Rangoon Lunatic Asylum 1893-1897 - 1893-1897
Year: 1893
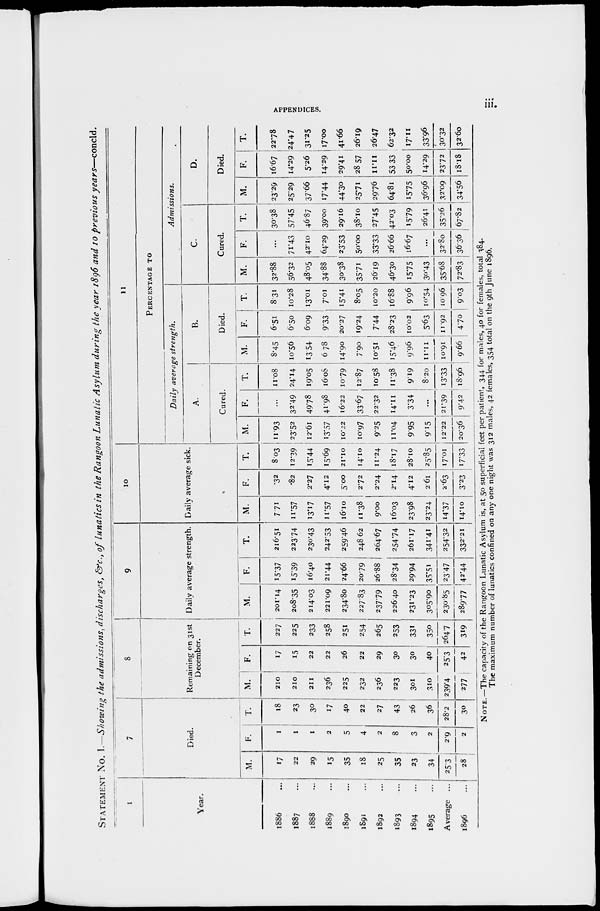
APPENDICES.
iii.
STATEMENT No. I.—Showing the admissions, discharges, &c., of lunatics in the Rangoon Lunatic Asylum during the year 1896 and 10 previous years—concld.
1
Year.
1886 ...
1887 ...
1888 ...
1889 ...
1890 ...
1891 ...
1892 ...
1893 ...
1894 ...
1895 ...
Average...
1896 ...
7
Died.
M.
17
22
29
15
35
18
25
35
23
34
25.3
28
F.
1
1
1
2
5
4
2
8
3
2
2.9
2
T.
18
23
30
17
40
22
27
43
26
36
28.2
30
8
Remaining on 31st
December.
M.
210
210
211
236
225
232
236
223
301
310
239.4
277
F.
17
15
22
22
26
22
29
30
30
40
25.3
42
T.
227
225
233
258
251
254
265
253
331
350
264.7
319
9
Daily average strength.
M.
201.14
208.35
214.03
221.09
234.80
227.83
237.79
226.40
231.23
305.90
230.85
289.77
F.
15.37
15.39
16.40
21.44
24.66
20.79
26.88
28.34
29.94
35.51
23.47
42.44
T.
216.51
223.74
230.43
242.53
259.46
248.62
264.67
254.74
261.17
341.41
254.32
332.21
10
Daily average sick.
M.
7.71
11.57
13.17
11.57
16.10
11.38
9.00
16.03
23.98
23.24
14.37
14.10
F.
.32
.82
2.27
4.12
5.00
2.72
2.24
2.14
4.12
2.61
2.63
3.23
T.
8.03
12.39
15.44
15.69
21.10
14.10
11.24
18.17
28.10
25.85
17.01
17.33
11
PERCENTAGE TO
Daily
average
strength.
A.
Cured.
M.
11.93
23.52
12.61
13.57
10.22
10.97
9.25
11.04
9.95
9.15
12.22
20.36
F.
...
32.49
49.78
41.98
16.22
33.67
22.32
14.11
3.34
...
21.39
9.42
T.
11.08
24.14
19.05
16.08
10.79
12.87
10.58
11.38
9.19
8.20
13.33
18.96
B.
Died.
M.
8.45
10.56
13.54
6.78
14.90
7.90
10.51
15.46
9.96
11.11
10.91
9.66
F.
6.51
6.50
6.09
9.33
20.27
19.24
7.44
28.23
10.02
5.63
11.92
4.70
T.
8.31
10.28
13.01
7.01
15.41
8.05
10.20
16.88
9.96
10.54
10.96
9.03
Admissions.
C.
Cured.
M.
32.88
56.32
48.05
34.88
30.38
35.71
26.19
46.30
15.75
30.43
35.68
72.83
F.
...
71.43
42.10
64.29
23.53
50.00
33.33
26.66
16.67
...
32.80
36.36
T.
30.38
57.45
46.87
39.00
29.16
38.10
27.45
42.03
15.79
26.41
35.26
67.82
D.
Died.
M.
23.29
25.29
37.66
17.44
44.30
25.71
29.76
64.81
15.75
36.96
32.09
34.56
F.
16.67
14.29
5.26
14.29
29.41
28.57
11.11
53.33
50.00
14.29
23.72
18.18
T.
22.78
24.47
31.25
17.00
41.66
26.19
26.47
62.32
17.11
33.96
30.32
32.60
NOTE.—The capacity of the Rangoon Lunatic Asylum is, at 50 superficial feet per patient, 344 for males, 40 for females, total 384.
The maximum number of lunatics confined on any one night was 312 males, 42 females, 354 total on the 9th June 1896.